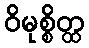
ဝိမုစ္စိတ္ထ